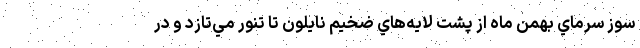
سوز سرماي بهمن ماه از پشت لايه‌هاي ضخيم نايلون تا تنور مي‌تازد و در